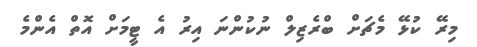
މިރޭ ކުޅޭ މެޗަށް ބްރެޒިލް ނުކުންނަ އިރު އެ ޓީމަށް އޮތް އެންމެ